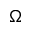
\Omega